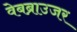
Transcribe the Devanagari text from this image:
वेबब्राउजर